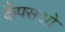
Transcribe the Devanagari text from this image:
कैंपसओ